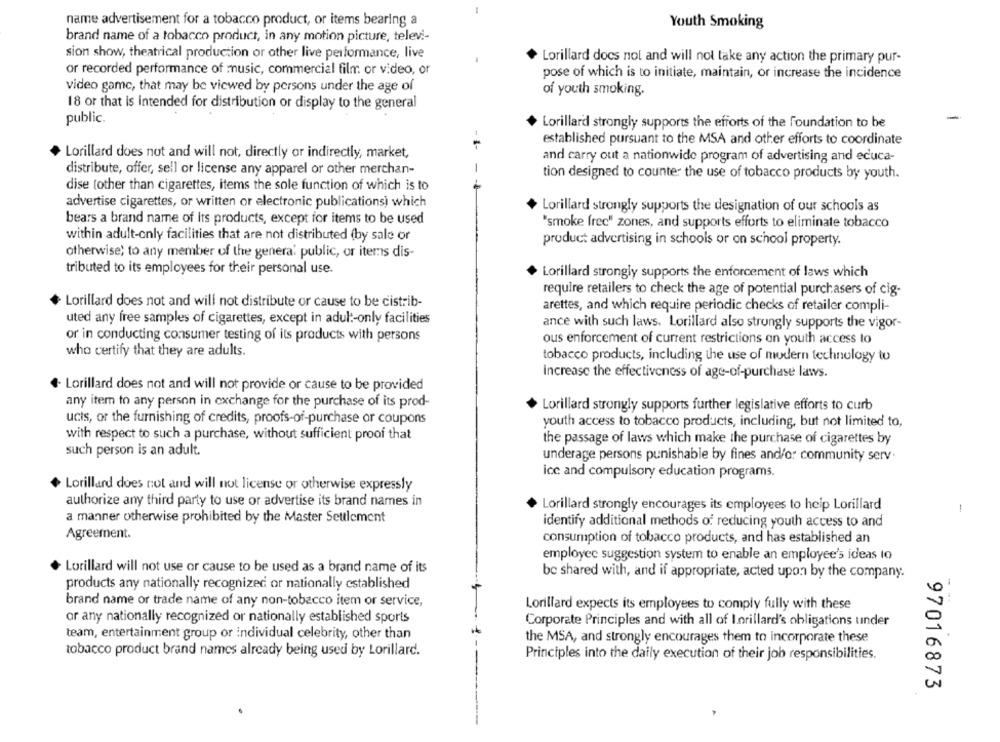
name advertisement for a tobacco product, or items bearing a
Youth Smoking
brand name of a tobacco product, in any motion picture, televi-
sion show, theatrical production or other live performance, live
Lorillard docs not and will not take any action the primary pur-
or recorded performance of music, commercial film: or video, or
pose of which is to initiate, maintain, or increase the incidence
video game, that may be viewed by persons under the age of
of youth smoking.
18 or that is intended for distribution or display to the general
public.
Lorillard strongly supports the efforts of the foundation to be
established pursuant to the MSA and other efforts to coordinate
Lorillard does not and will not, directly or indirectly, market,
and carry out a nationwide program of advertising and educa-
distribute, offer, sell or license any apparel or other merchan-
-
tion designed to counter the use of tobacco products by youth.
dise (other than cigarettes, items the sole function of which is to
advertise cigarettes, or written or electronic publications) which
Lorillard strongly supports the designation of our schools as
bears a brand name of Its products, except for items to be used
"smoke frec" zones, and supports efforts to eliminate tobacco
within adult-only facilities that are not distributed (by sale or
product advertising in schools or on school property.
otherwise; to any member of the general public, or items dis-
tributed to its employees for their personal use.
Lorillard strongly supports the enforcement of laws which
require retailers to check the age of potential purchasers of cig-
Lorillard does not and will not distribute or cause to be distrib-
arettes, and which require periodic checks of retailer compli-
uted any free samples of cigarettes, except in adul :- only facilities
ance with such laws. Lorillard also strongly supports the vigor-
or in conducting consumer testing of its products with persons
ous enforcement of current restrictions on youth access to
who certify that they are adults.
tobacco products, including the use of modern technology to
Increase the effectiveness of age-of-purchase laws.
Lorillard does not and will not provide or cause to be provided
any item to any person in exchange for the purchase of its prod-
Lorillard strongly supports further legislative efforts to curb
ucis, or the furnishing of credits, proofs-of-purchase or coupons
youth access to tobacco products, including, but not limited to,
with respect to such a purchase, without sufficient proof that
the passage of laws which make the purchase of cigarettes by
such person is an adult.
underage persons punishable by fines and/or community serv.
ice and compulsory education programs.
Lorillard does not and will not license or otherwise expressly
authorize any third party to use or advertise its brand names in
Lorillard strongly encourages its employees to help Lorillard
-
a manner otherwise prohibited by the Master Settlement
identify additional methods of reducing youth access to and
Agreement.
consumption of tobacco products, and has established an
employee suggestion system to enable an employee's ideas to
Lorillard will not use or cause to be used as a brand name of its
be shared with, and if appropriate, acted upon by the company.
products any nationally recognized or nationally established
brand name or trade name of any non-tobacco item or service,
Lorillard expects its employees to comply fully with these
--
or any nationally recognized or nationally established sports
Corporate Principles and with all of I.nrillard's obligations under
team, entertainment group or individual celebrity, other than
the MSA, and strongly encourages them to incorporate these
tobacco product brand names already being used by Lorillard.
1 --
Principles into the daily execution of their job responsibilities.
97016873